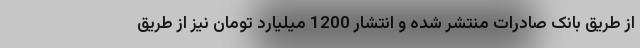
از طریق بانک صادرات منتشر شده و انتشار 1200 میلیارد تومان نیز از طریق